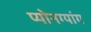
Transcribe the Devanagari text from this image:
प्योनग्यांग